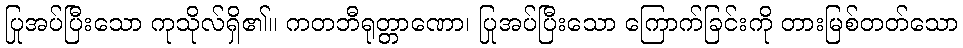
ပြုအပ်ပြီးသော ကုသိုလ်ရှိ၏။ ကတဘီရုတ္တာဏော၊ ပြုအပ်ပြီးသော ကြောက်ခြင်းကို တားမြစ်တတ်သော